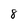
Character: 8